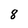
Character: 8